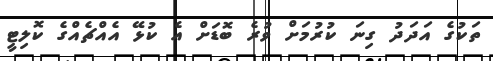
ތަކުގެ އަދަދު ގިނަ ކުރުމަށް ވުރެ ބޮޑަށް އެ ކުޅޭ އެއްޗެއްގެ ކޮލިޓީ